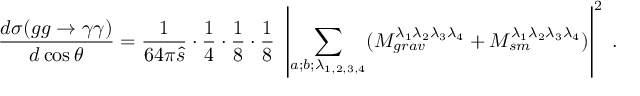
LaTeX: \frac { d \sigma ( g g \to \gamma \gamma ) } { d \cos \theta } = \frac { 1 } { 6 4 \pi \hat { s } } \cdot \frac { 1 } { 4 } \cdot \frac { 1 } { 8 } \cdot \frac { 1 } { 8 } ~ \left| \sum _ { a ; b ; \lambda _ { 1 , 2 , 3 , 4 } } ( { \cal M } _ { g r a v } ^ { \lambda _ { 1 } \lambda _ { 2 } \lambda _ { 3 } \lambda _ { 4 } } + { \cal M } _ { s m } ^ { \lambda _ { 1 } \lambda _ { 2 } \lambda _ { 3 } \lambda _ { 4 } } ) \right| ^ { 2 } \; .